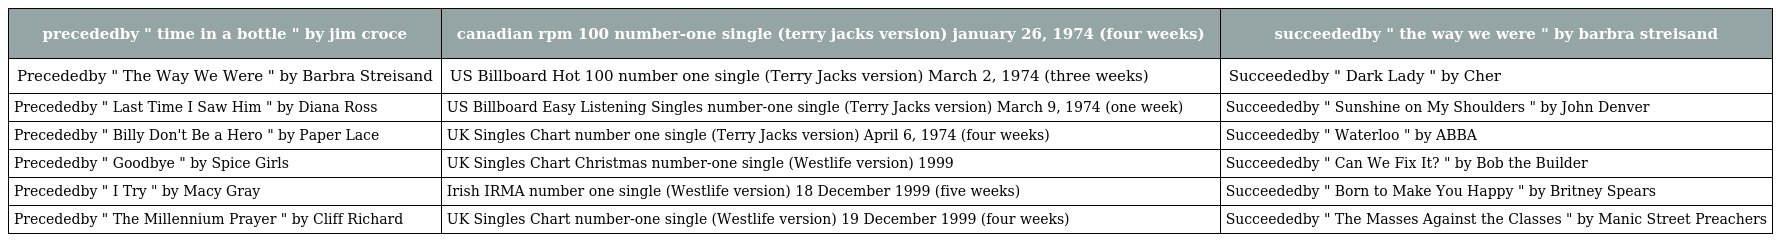
| precededby " time in a bottle " by jim croce | canadian rpm 100 number-one single (terry jacks version) january 26, 1974 (four weeks) | succeededby " the way we were " by barbra streisand |
 | --- | --- | --- |
 | Precededby " The Way We Were " by Barbra Streisand | US Billboard Hot 100 number one single (Terry Jacks version) March 2, 1974 (three weeks) | Succeededby " Dark Lady " by Cher |
 | Precededby " Last Time I Saw Him " by Diana Ross | US Billboard Easy Listening Singles number-one single (Terry Jacks version) March 9, 1974 (one week) | Succeededby " Sunshine on My Shoulders " by John Denver |
 | Precededby " Billy Don't Be a Hero " by Paper Lace | UK Singles Chart number one single (Terry Jacks version) April 6, 1974 (four weeks) | Succeededby " Waterloo " by ABBA |
 | Precededby " Goodbye " by Spice Girls | UK Singles Chart Christmas number-one single (Westlife version) 1999 | Succeededby " Can We Fix It? " by Bob the Builder |
 | Precededby " I Try " by Macy Gray | Irish IRMA number one single (Westlife version) 18 December 1999 (five weeks) | Succeededby " Born to Make You Happy " by Britney Spears |
 | Precededby " The Millennium Prayer " by Cliff Richard | UK Singles Chart number-one single (Westlife version) 19 December 1999 (four weeks) | Succeededby " The Masses Against the Classes " by Manic Street Preachers |